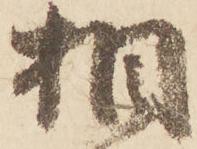
相